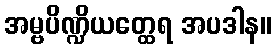
အမ္ဗပိဏ္ဍိယတ္ထေရ အပဒါန။